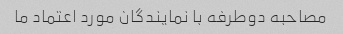
مصاحبه دوطرفه با نمایندگان مورد اعتماد ما